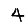
Digit: 4